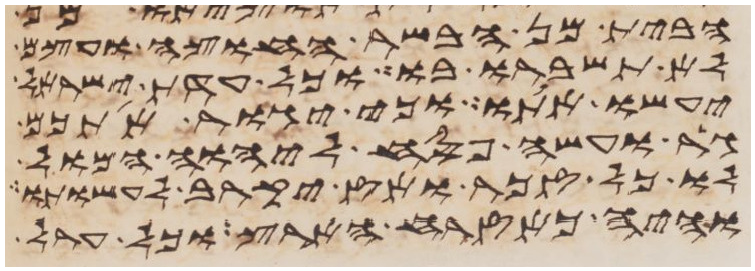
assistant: הבית מן הבשר החוצה ועצם
לא תשברו בו כל עדת ישראל
יעשו אתו וכי יגור אתכם
גר ועשה פסח ליהוה המול
לו כל זכר ואז יקרב לעשותו
והיה כאזרח הארץ וכל ערל